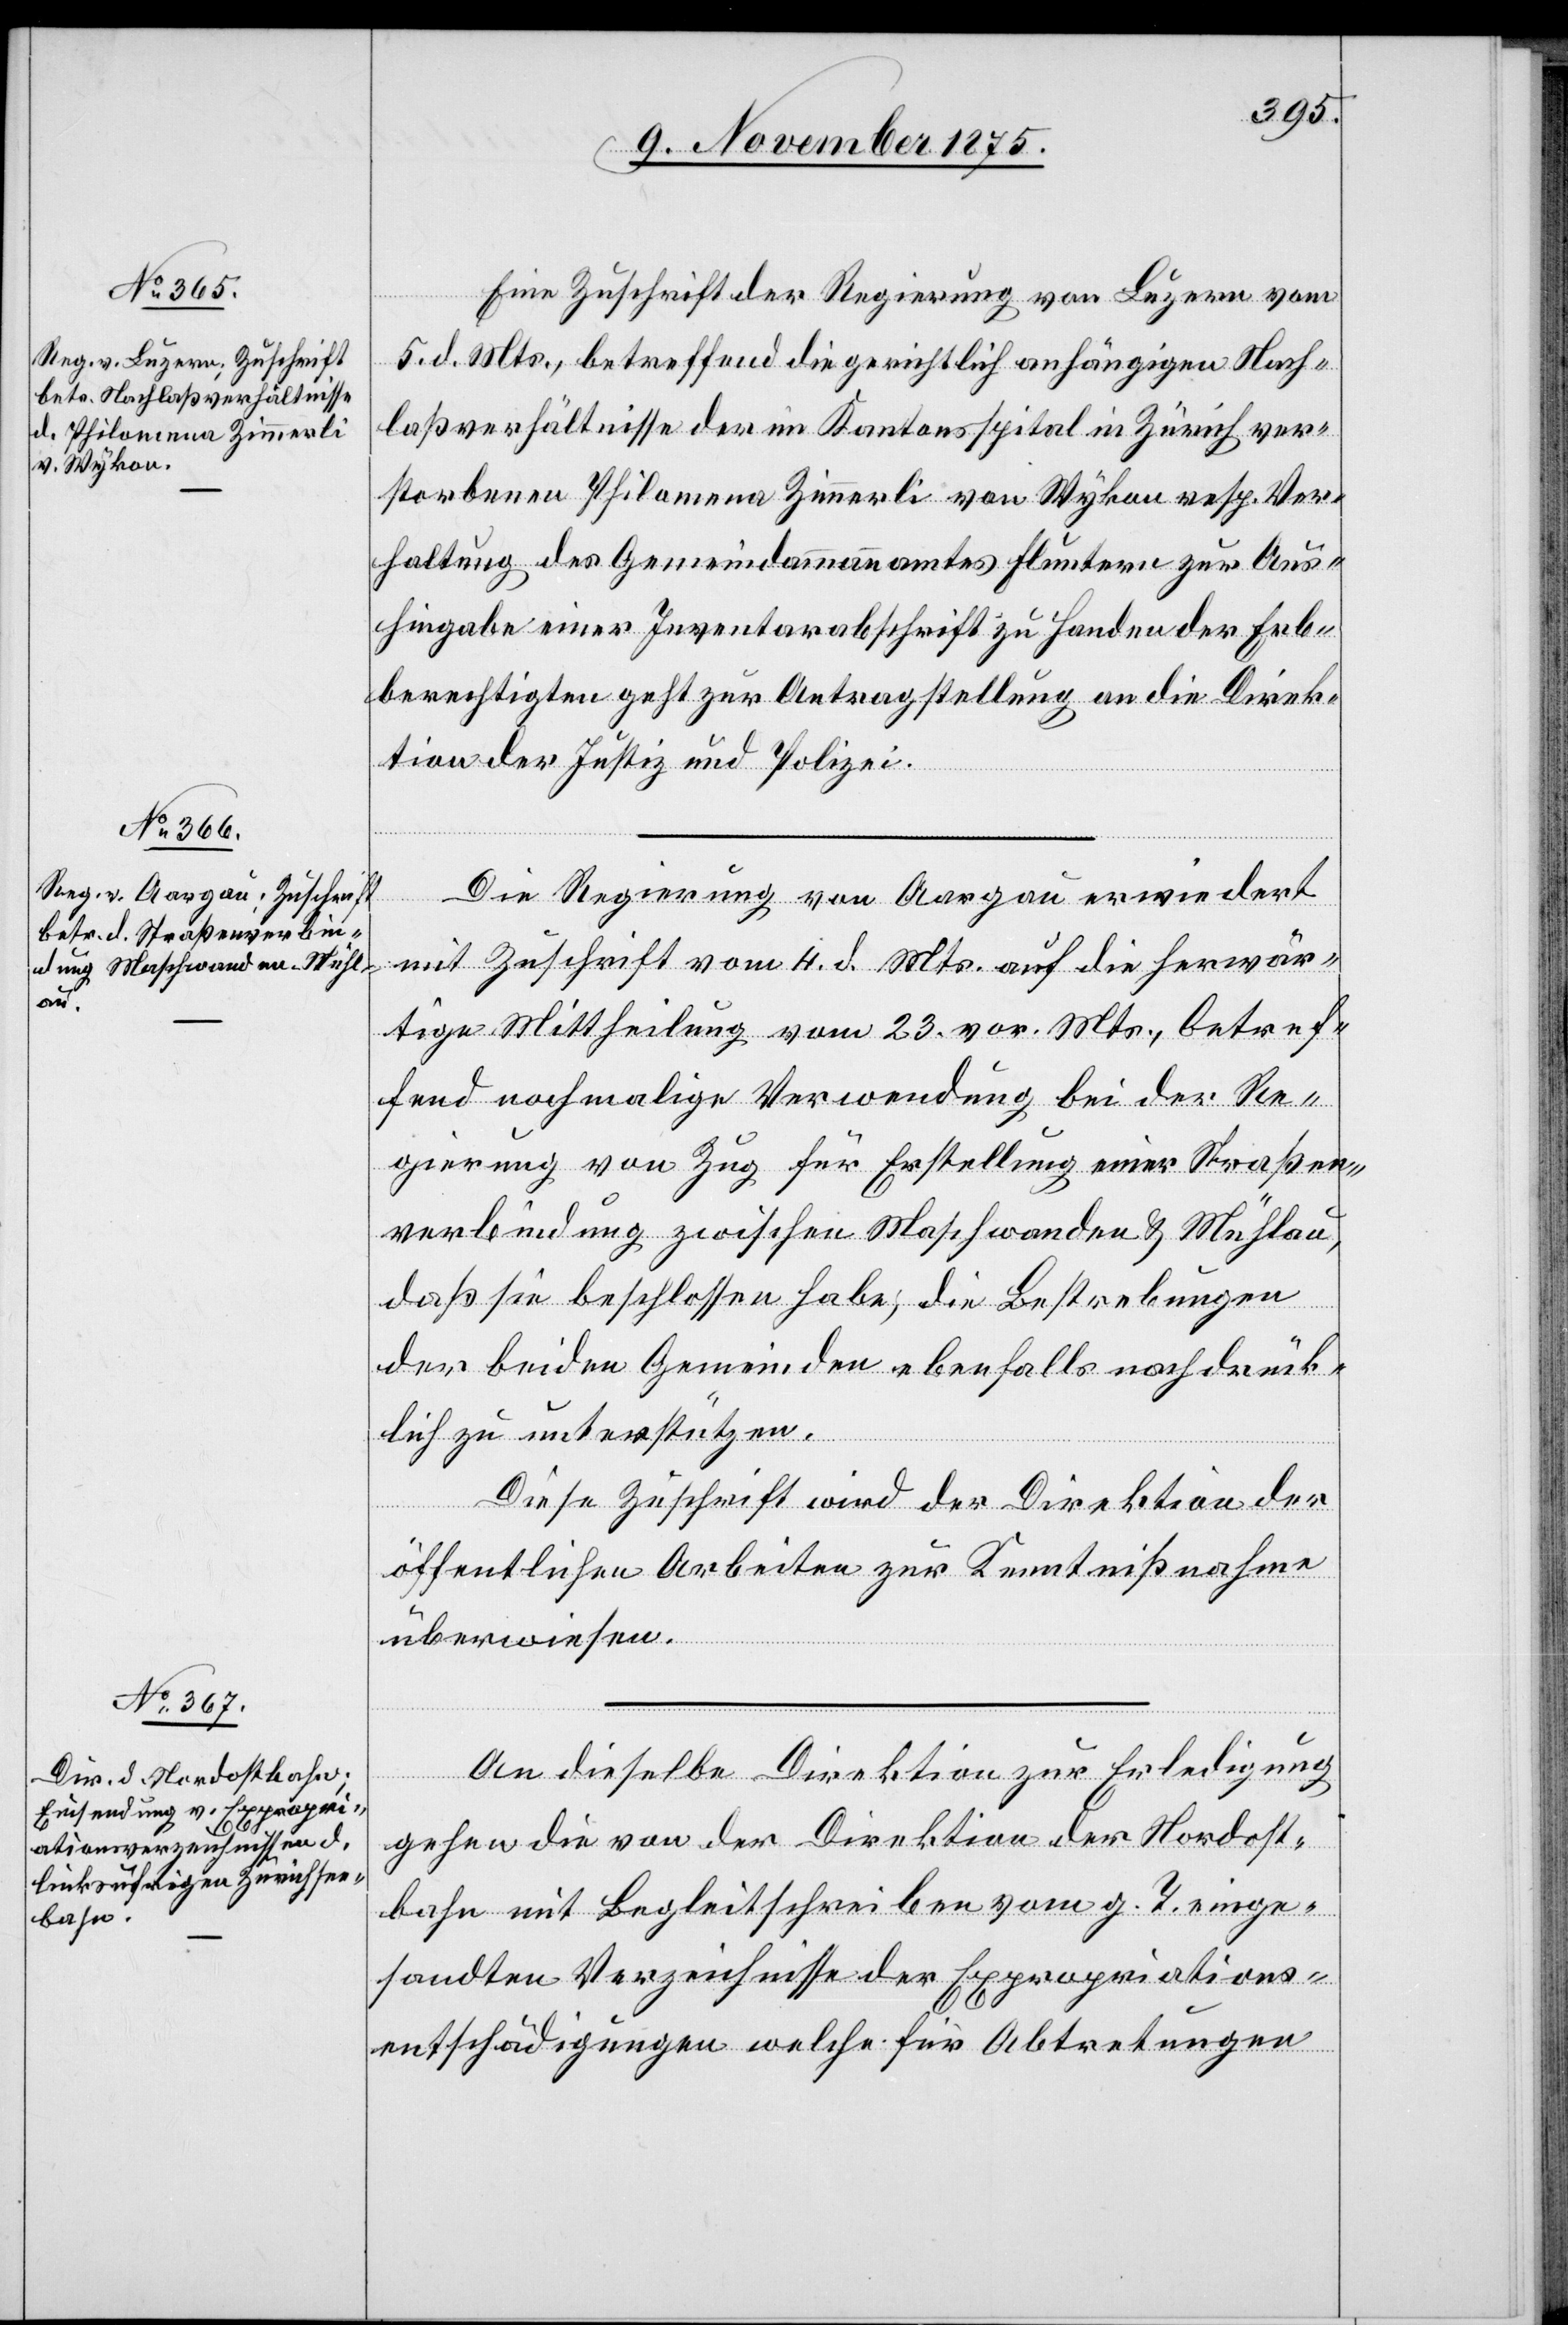
9. November 1875.]
Eine Zuschrift der Regierung von Luzern vom
5. d. Mts., betreffend die gerichtlich anhängigen Nach¬
laßverhältnisse der im Kantonsspital in Zürich ver¬
storbenen Philomena Zimmerli von Wykon resp. Ver¬
haltung des Gemeindammannamtes Fluntern zur Aus¬
hingabe einer Inventarabschrift zu Handen der Erb¬
berechtigten[,] geht zur Antragstellung an die Direk¬
tion der Justiz und Polizei.
Die Regierung von Aargau erwiedert
mit Zuschrift vom 4. d. Mts. auf die herwär¬
tige Mittheilung vom 23. vor. Mts., betref¬
fend nochmalige Verwendung bei der Re¬
gierung von Zug für Erstellung einer Straßen¬
verbindung zwischen Maschwanden & Mühlau,
daß sie beschlossen habe, die Bestrebungen
der beiden Gemeinden ebenfalls nachdrück¬
lich zu unterstützen.
Diese Zuschrift wird der Direktion der
öffentlichen Arbeiten zur Kenntnißnahme
überwiesen.
An dieselbe Direktion zur Erledigung
gehen die von der Direktion der Nordost¬
bahn mit Begleitschreiben vom g. T. einge¬
sandten Verzeichnisse der Expropriations¬
entschädigungen welche für Abtretungen